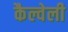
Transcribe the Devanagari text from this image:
कैल्वेली